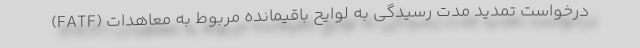
درخواست تمدید مدت رسیدگی به لوایح باقیمانده مربوط به معاهدات (FATF)